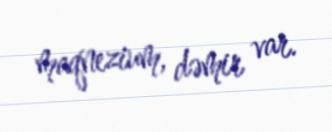
maqnezium, dəmir var.